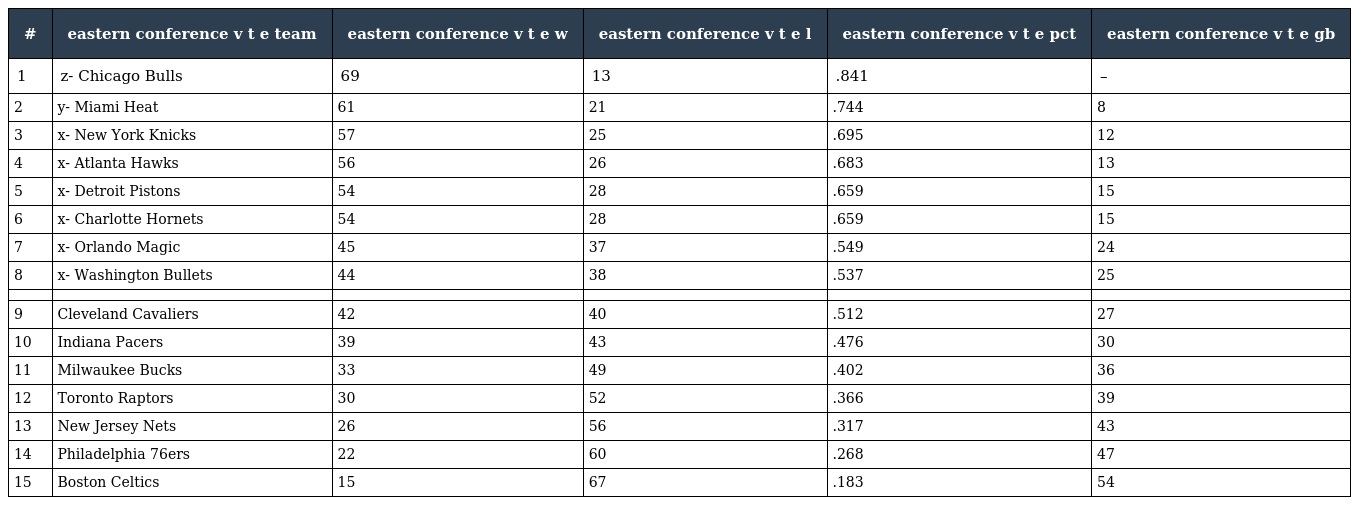
| # | eastern conference v t e team | eastern conference v t e w | eastern conference v t e l | eastern conference v t e pct | eastern conference v t e gb |
 | --- | --- | --- | --- | --- | --- |
 | 1 | z- Chicago Bulls | 69 | 13 | .841 | – |
 | 2 | y- Miami Heat | 61 | 21 | .744 | 8 |
 | 3 | x- New York Knicks | 57 | 25 | .695 | 12 |
 | 4 | x- Atlanta Hawks | 56 | 26 | .683 | 13 |
 | 5 | x- Detroit Pistons | 54 | 28 | .659 | 15 |
 | 6 | x- Charlotte Hornets | 54 | 28 | .659 | 15 |
 | 7 | x- Orlando Magic | 45 | 37 | .549 | 24 |
 | 8 | x- Washington Bullets | 44 | 38 | .537 | 25 |
 |  |  |  |  |  |  |
 | 9 | Cleveland Cavaliers | 42 | 40 | .512 | 27 |
 | 10 | Indiana Pacers | 39 | 43 | .476 | 30 |
 | 11 | Milwaukee Bucks | 33 | 49 | .402 | 36 |
 | 12 | Toronto Raptors | 30 | 52 | .366 | 39 |
 | 13 | New Jersey Nets | 26 | 56 | .317 | 43 |
 | 14 | Philadelphia 76ers | 22 | 60 | .268 | 47 |
 | 15 | Boston Celtics | 15 | 67 | .183 | 54 |